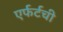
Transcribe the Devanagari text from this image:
एर्फर्टची